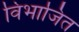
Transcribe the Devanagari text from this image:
विभाजित